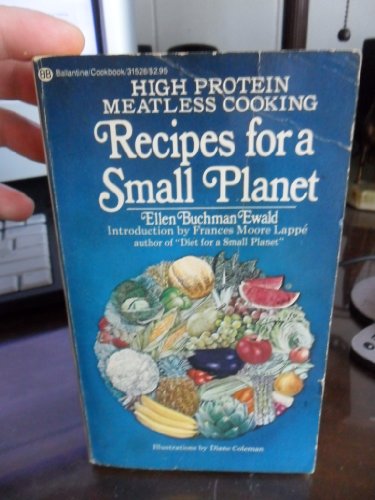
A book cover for Recipes for a Small Planet; The Art and Science of High Protein Vegetarian Cookery; Ellen Buchman Ewald; Cookbooks, Food & Wine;